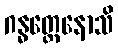
ဂန္ဓတ္ထေနောသိ